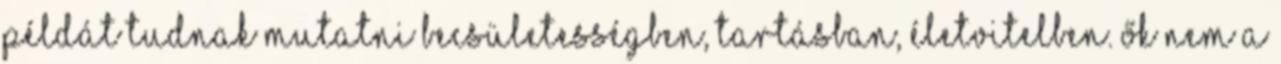
példát tudnak mutatni becsületességben, tartásban, életvitelben. Ők nem a